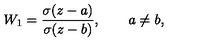
W _ { 1 } = \frac { \sigma ( z - a ) } { \sigma ( z - b ) } , \qquad a \ne b ,